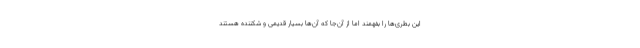
این بطری‌ها را بفهمند اما از آن‌جا که آن‌ها بسیار قدیمی و شکننده هستند